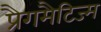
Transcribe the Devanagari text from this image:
प्रैगमैटिज्म